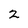
Character: 2